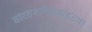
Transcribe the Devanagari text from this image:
सारसबागेजवळच्या